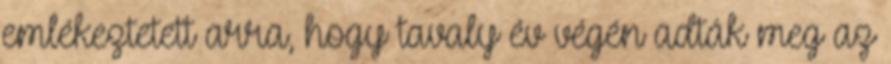
emlékeztetett arra, hogy tavaly év végén adták meg az